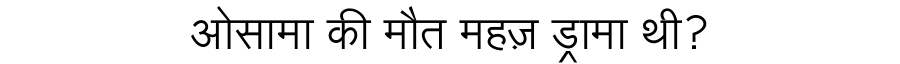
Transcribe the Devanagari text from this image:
ओसामा की मौत महज़ ड्रामा थी?